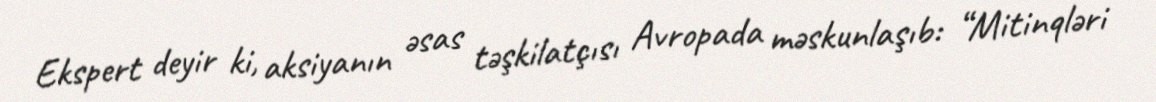
Ekspert deyir ki, aksiyanın əsas təşkilatçısı Avropada məskunlaşıb: “Mitinqləri